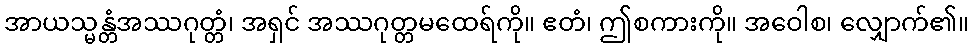
အာယသ္မန္တံအဿဂုတ္တံ၊ အရှင် အဿဂုတ္တမထေရ်ကို။ ဧတံ၊ ဤစကားကို။ အဝေါစ၊ လျှောက်၏။